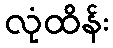
လုံထိန်း